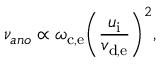
\nu _ { a n o } \propto \omega _ { \mathrm { c , e } } \bigg ( \frac { u _ { \mathrm { i } } } { v _ { \mathrm { d , e } } } \bigg ) ^ { 2 } ,